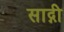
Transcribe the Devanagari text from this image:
साद्गी